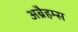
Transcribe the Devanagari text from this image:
अब्रैहम्स